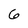
Character: 6